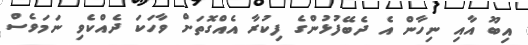
އިބޫ އާއި ނިހާން އެ ދެބޭފުޅުންގެ ފިކުރާ އެއްގޮތަށް ވާހަކަ ދެއްކެވި ނަމަވެސް